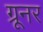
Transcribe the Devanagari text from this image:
ग्रूनर